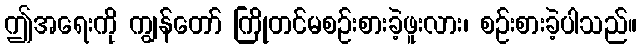
ဤအရေးကို ကျွန်တော် ကြိုတင်မစဉ်းစားခဲ့ဖူးလား၊ စဉ်းစားခဲ့ပါသည်။